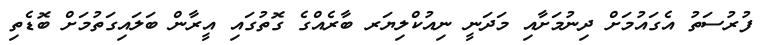
ފުރުސަތު އެގައުމަށް ދިނުމަށާއި މަދަނީ ނިއުކްލިޔަރ ބާރެއްގެ ގޮތުގައި އީރާން ބަލައިގަތުމަށް ބޮޑެތި